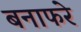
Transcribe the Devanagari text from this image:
बनाफरे